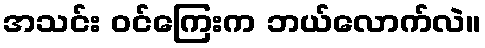
အသင်း ဝင်ကြေးက ဘယ်လောက်လဲ။